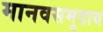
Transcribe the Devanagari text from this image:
मानवसमुदाय